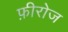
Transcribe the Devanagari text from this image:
फ़ीरोज